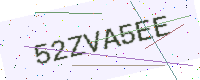
Text: 52ZVA5EE